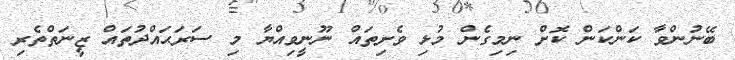
ބޭނުންވާ ކަންކަން ކޮށް ނިމިގެން މުޅި ވެށިތައް ނޫނީވިއްޔާ މި ސަރަޙައްދުތައް ޒީނަތްތެރި